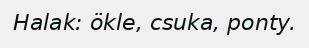
Halak: ökle, csuka, ponty.